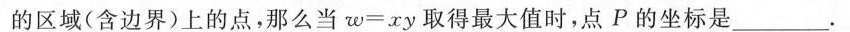
的区域(含边界)上的点，那么当w=xy取得最大值时，点P的坐标是___.